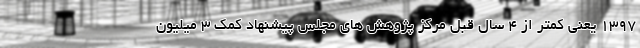
1397 یعنی کمتر از 4 سال قبل مرکز پژوهش های مجلس پیشنهاد کمک 3 میلیون